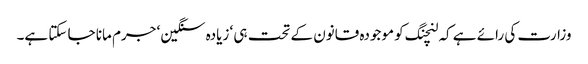
وزارت کی رائے ہے کہ لنچنگ کو موجودہ قانون کے تحت ہی ‘ زیادہ سنگین ‘ جرم مانا جا سکتا ہے۔